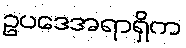
ဥပဒေအရာရှိက